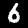
Digit: 6